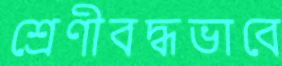
শ্রেণীবদ্ধভাবে